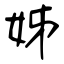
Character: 姊